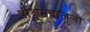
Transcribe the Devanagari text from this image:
पश्चिमबाजुला